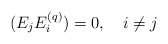
\begin{align*}(E_{j}E_{i}^{(q)})=0,\quad i\neq j\end{align*}